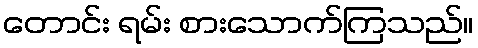
တောင်း ရမ်း စားသောက်ကြသည်။